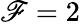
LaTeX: \mathscr{F}=2